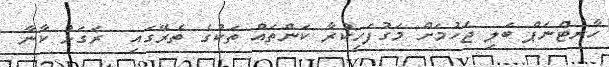
ހާރޓްނަޕް ބަލި ޖެހުމަށް މަގުފަހިކުރާ ކަންތައް ތަކުގެ ތެރޭގައި  ރަގަޅު ކާނާ